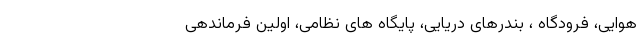
هوایی، فرودگاه ، بندرهای دریایی، پایگاه های نظامی، اولین فرماندهی